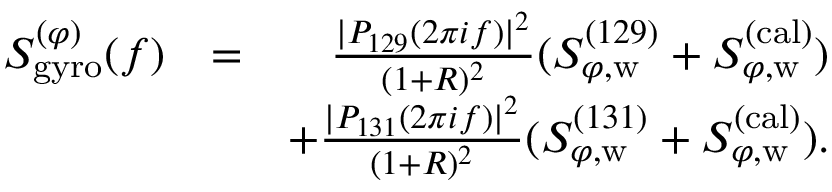
\begin{array} { r l r } { S _ { \mathrm { g y r o } } ^ { ( \varphi ) } ( f ) } & { = } & { \frac { | P _ { 1 2 9 } ( 2 \pi i f ) | ^ { 2 } } { ( 1 + R ) ^ { 2 } } ( S _ { \varphi , \mathrm { w } } ^ { ( 1 2 9 ) } + S _ { \varphi , \mathrm { w } } ^ { ( \mathrm { c a l } ) } ) } \\ & { } & { + \frac { | P _ { 1 3 1 } ( 2 \pi i f ) | ^ { 2 } } { ( 1 + R ) ^ { 2 } } ( S _ { \varphi , \mathrm { w } } ^ { ( 1 3 1 ) } + S _ { \varphi , \mathrm { w } } ^ { ( \mathrm { c a l } ) } ) . } \end{array}